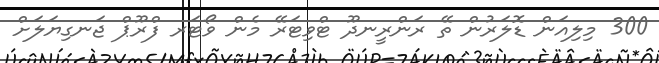
300 މިިލިއަން ޑޮލަރުން ތޭ ރަންރީނދޫ ޓްވިޓަރޭ މެން ވޯޓަރ ފްރޫޕް ޖަނގިޔަލަށް